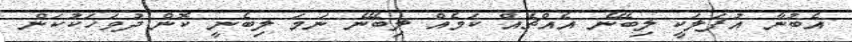
އެބުނާ އުފަލަކީ ލިބޭނެ އެއްޗެއް ކަމެއް ލިބޭނެ ނަމަ ލިބެނީ ކޮން ދުވަހަކުކަން